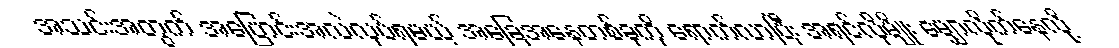
အသင်းအတွက် အပြောင်းအလဲလုပ်ရမယ့် အခြေအနေတစ်ခုကို ရောက်လာပြီး အရင်လိုမျိုး မျှောလိုက်နေလို့